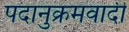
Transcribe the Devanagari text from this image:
पदानुक्रमवादी